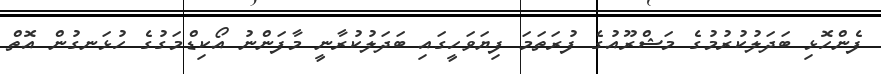
ފެންހޮޅި ބަދަލުކުރުމުގެ މަޝްރޫއުގެ ފުރަތަމަ ފިޔަވަހީގައި ބަދަލުކުރާނީ މާފަންނު އޯކިޑްމަގުގެ ހުޅަނގުން އޮތް